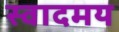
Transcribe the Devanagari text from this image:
स्वादमय